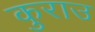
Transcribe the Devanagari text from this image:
कुराउ